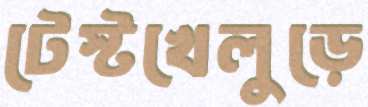
টেস্টখেলুড়ে